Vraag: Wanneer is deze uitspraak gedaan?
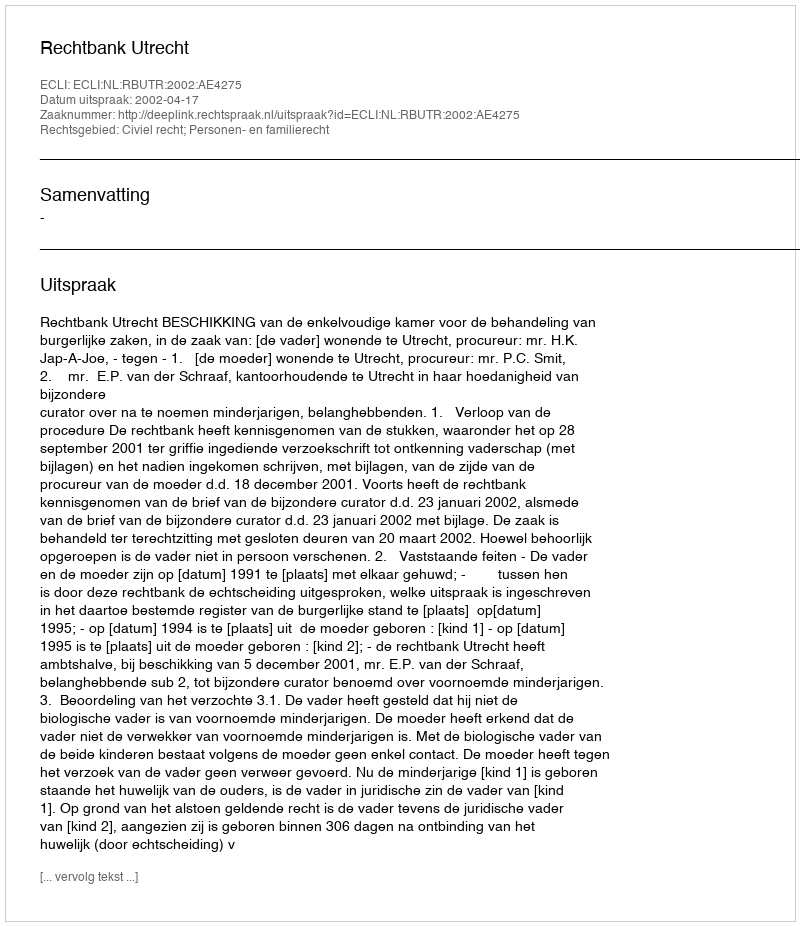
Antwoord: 2002-04-17